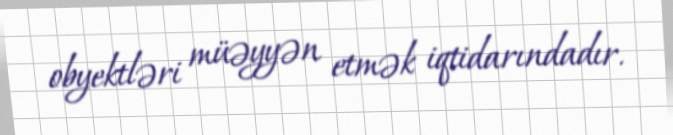
obyektləri müəyyən etmək iqtidarındadır.